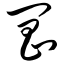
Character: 阊